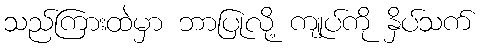
သည်ကြားထဲမှာ ဘာပြုလို့ ကျုပ်ကို နှိပ်သက်